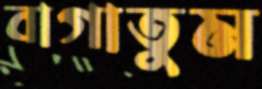
বাগাতুম